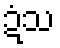
ဍံသ